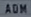
ADM